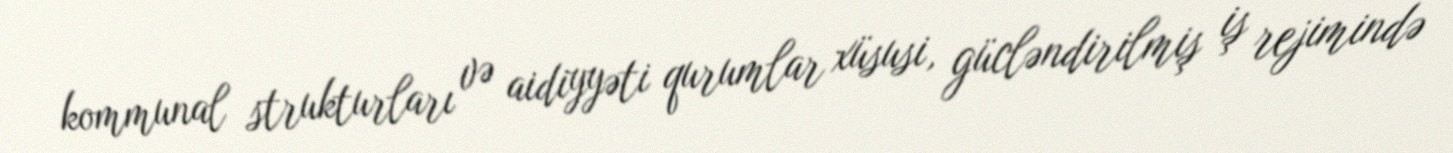
kommunal strukturları və aidiyyəti qurumlar xüsusi, gücləndirilmiş iş rejimində